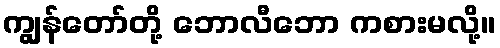
ကျွန်တော်တို့ ဘောလီဘော ကစားမလို့။